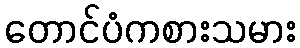
တောင်ပံကစားသမား